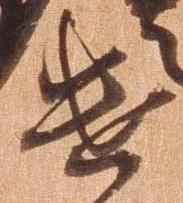
遣